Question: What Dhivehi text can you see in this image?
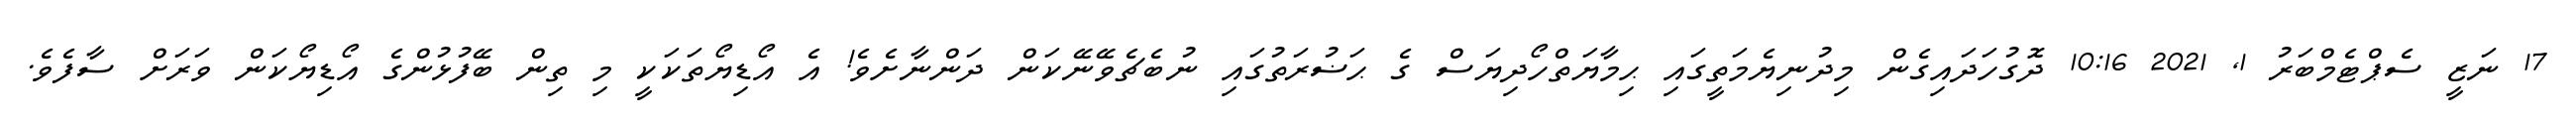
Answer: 17 ނަޒީ ސެޕްޓެމްބަރު 1, 2021 10:16 ދޮގުހަދައިގެން މިދުނިޔެމަތީގައި ޙިމާޔަތްހޯދިޔަސް ގެ ޙަޟުރަތުގައި ނުބެޗެވޭނޭކަން ދަންނާށެވެ! އެ އޯޑިޔޯތަކަކީ މި ތިން ބޭފުޅުންގެ އޯޑިޔޯކަން ވަރަށް ސާފެވެ.